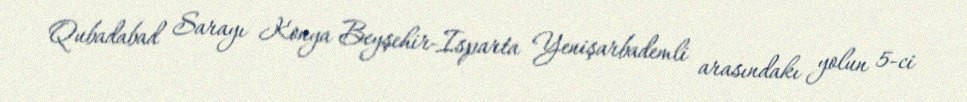
Qubadabad Sarayı Konya Beyşehir-Isparta Yenişarbademli arasındakı yolun 5-ci